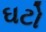
ઘટો